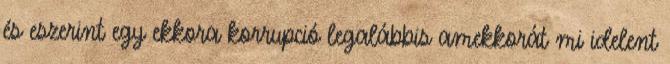
és eszerint egy ekkora korrupció legalábbis amekkorát mi idelent